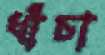
ধাঁচা